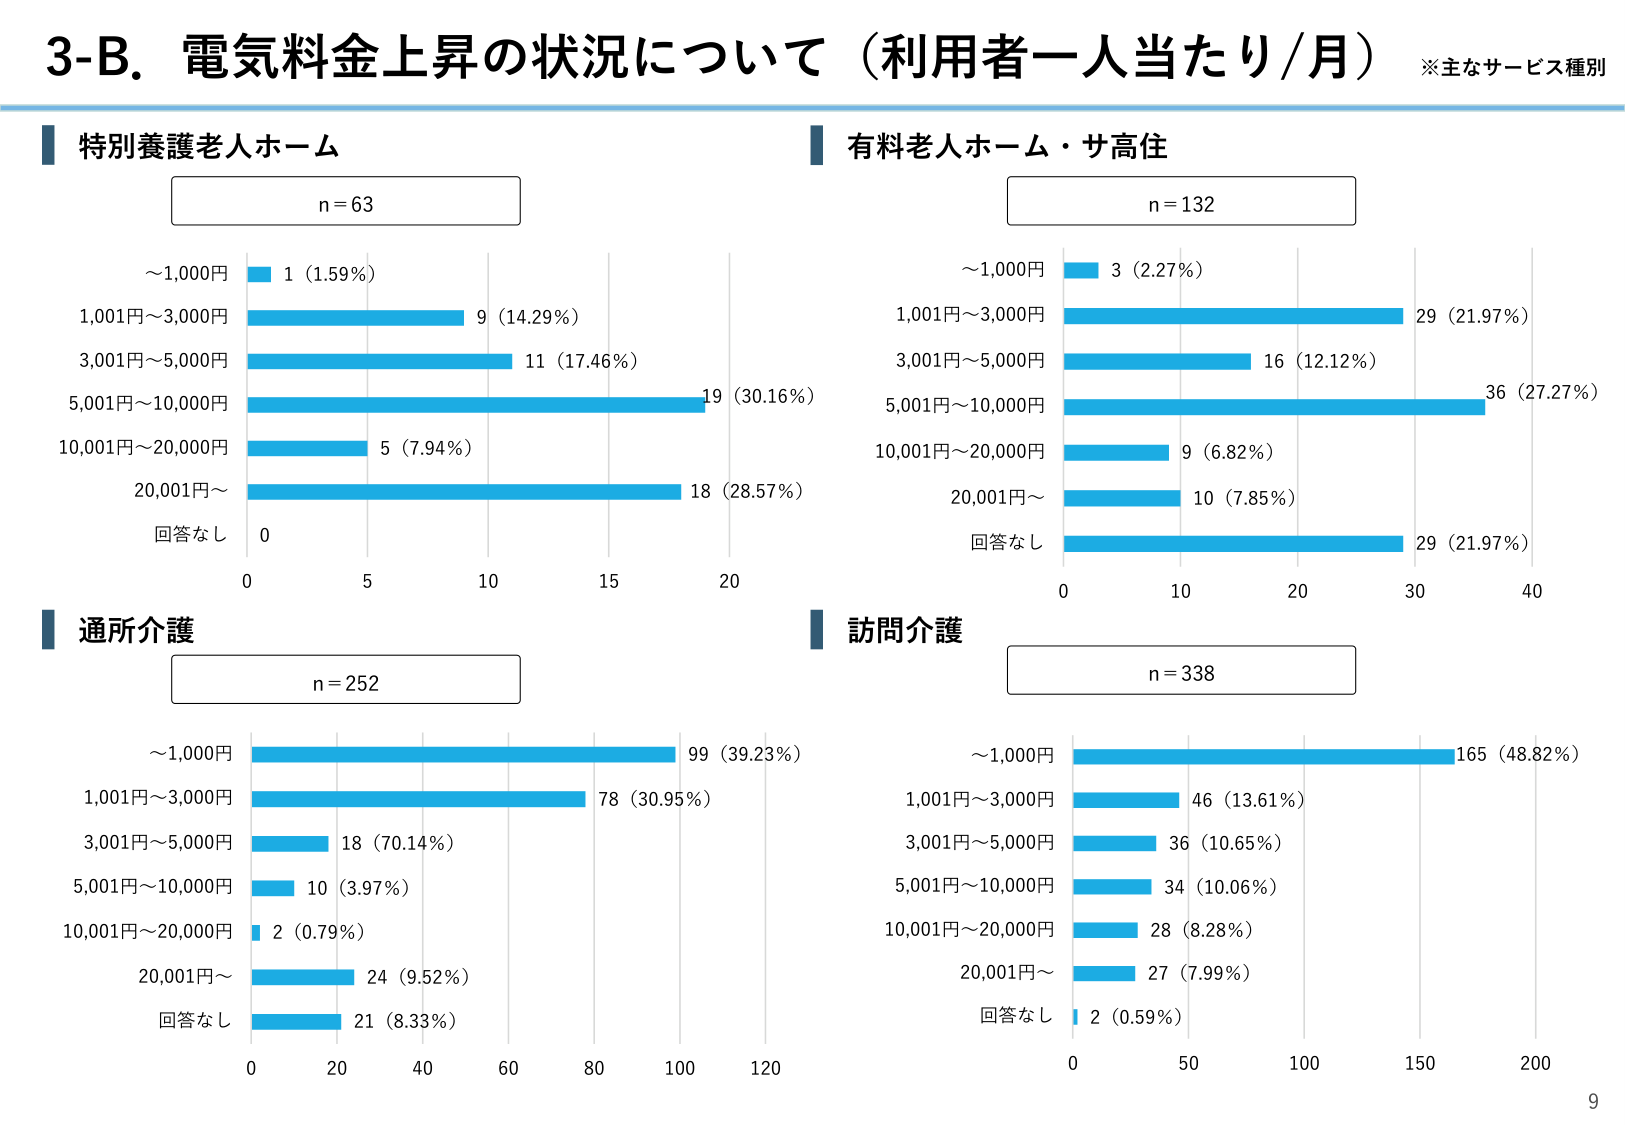
3-B. 電気料金上昇の状況について（利用者一人当たり/月）　※主なサービス種別

特別養護老人ホーム
n = 63
～1,000円　1 (1.59%)
1,001円～3,000円　9 (14.29%)
3,001円～5,000円　11 (17.46%)
5,001円～10,000円　19 (30.16%)
10,001円～20,000円　5 (7.94%)
20,001円～　18 (28.57%)
回答なし　0

有料老人ホーム・サ高住
n = 132
～1,000円　3 (2.27%)
1,001円～3,000円　29 (21.97%)
3,001円～5,000円　16 (12.12%)
5,001円～10,000円　36 (27.27%)
10,001円～20,000円　9 (6.82%)
20,001円～　10 (7.85%)
回答なし　29 (21.97%)

通所介護
n = 252
～1,000円　99 (39.23%)
1,001円～3,000円　78 (30.95%)
3,001円～5,000円　18 (70.14%)
5,001円～10,000円　10 (3.97%)
10,001円～20,000円　2 (0.79%)
20,001円～　24 (9.52%)
回答なし　21 (8.33%)

訪問介護
n = 338
～1,000円　165 (48.82%)
1,001円～3,000円　46 (13.61%)
3,001円～5,000円　36 (10.65%)
5,001円～10,000円　34 (10.06%)
10,001円～20,000円　28 (8.28%)
20,001円～　27 (7.99%)
回答なし　2 (0.59%)

9